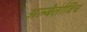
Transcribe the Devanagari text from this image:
अल्बेर्ताविच